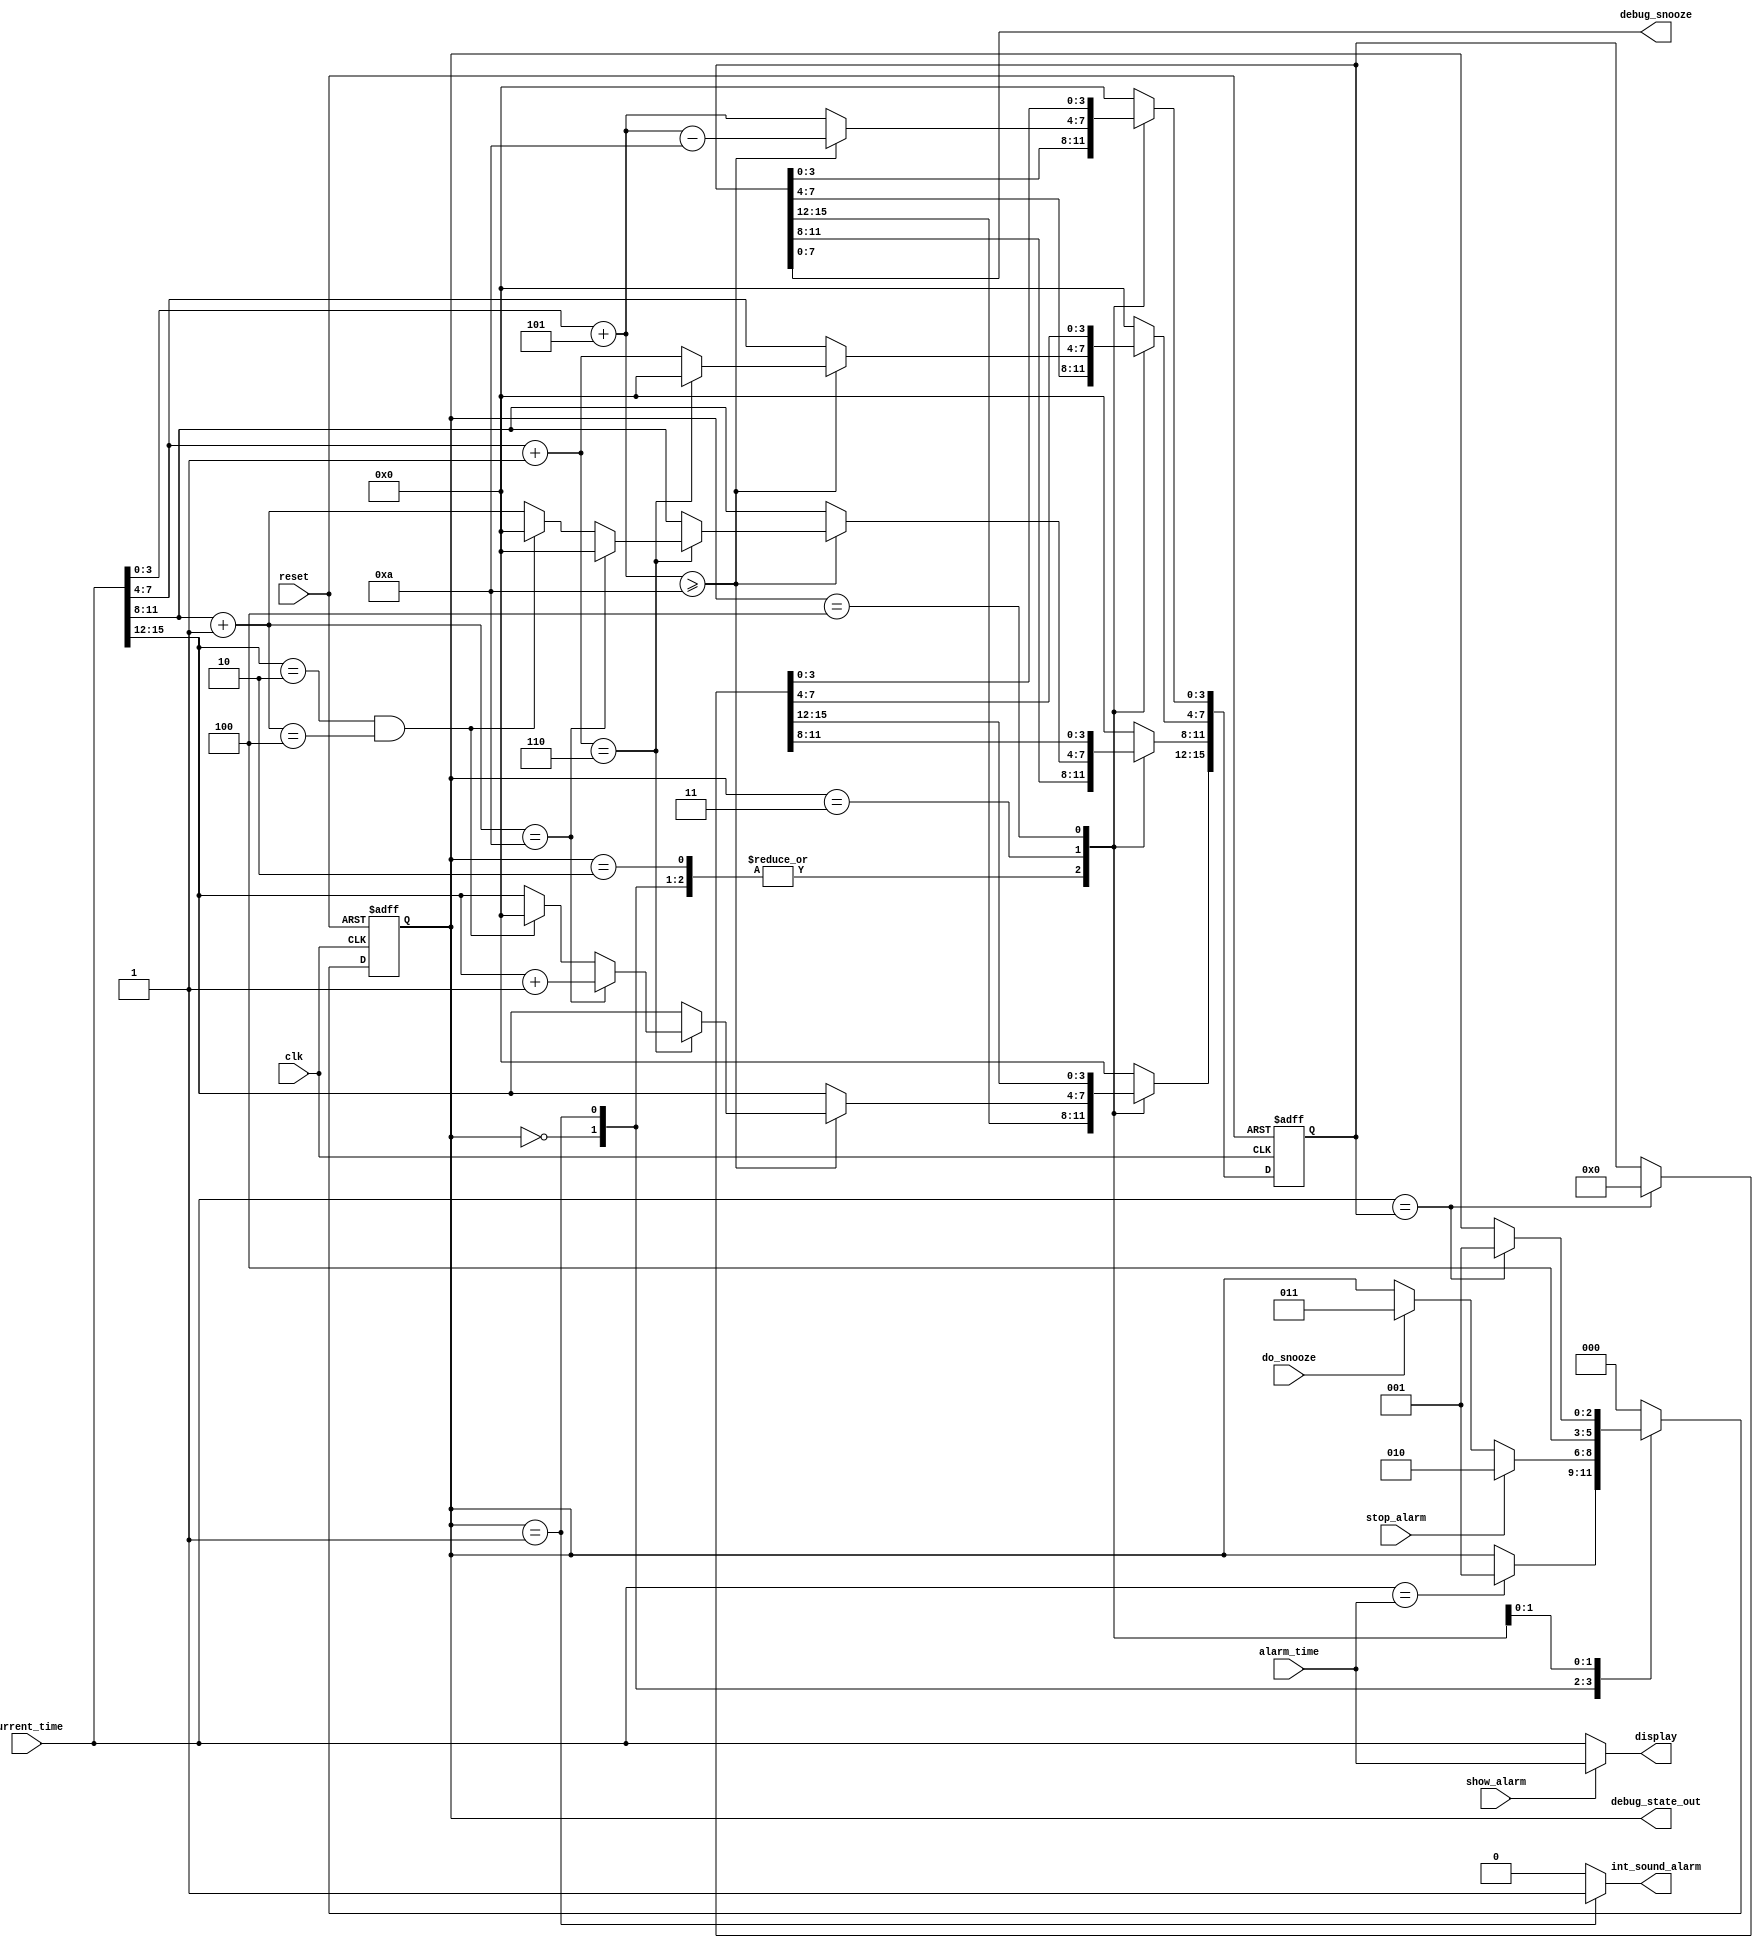
`timescale 1 ns / 10 ps

module DISP_DRVR
    ( input clk,
      input reset, 
      input do_snooze,
      input stop_alarm,
      input [15:0] alarm_time,
      input [15:0] current_time,
      input show_alarm,

      output [15:0] display,
      output reg int_sound_alarm,

      output wire [7:0] debug_snooze,
      output [2:0] debug_state_out
    );

//    reg int_sound_alarm=1'b0;
//    reg [15:0] int_display = 16'd0;

//    assign sound_alarm = int_sound_alarm;
//    assign display = int_display;

    task bcd_clock_minute; 
          input [3:0] ms_hour;
          input [3:0] ls_hour; 
          input [3:0] ms_min;
          input [3:0] ls_min;
          
          output reg [3:0] out_ms_hour;
          output reg [3:0] out_ls_hour; 
          output reg [3:0] out_ms_min;
          output reg [3:0] out_ls_min ;

          reg [3:0] int_ms_hour;
          reg [3:0] int_ls_hour; 
          reg [3:0] int_ms_min;
          reg [3:0] int_ls_min ;
    begin
            int_ms_hour = ms_hour;
            int_ls_hour = ls_hour;
            int_ms_min = ms_min;
            int_ls_min = ls_min;

            int_ls_min = int_ls_min+5;
            if( int_ls_min >= 10 )
            begin
                // ls_minutes overflows to ms_minutes 
                int_ls_min = int_ls_min - 10;
                int_ms_min = int_ms_min+1;
                if( int_ms_min == 6 )
                begin
                    // minutes rolls over into hours
                    int_ms_min = 0;
                    int_ls_hour = int_ls_hour+1;
                    if( int_ls_hour==10 )
                    begin
                        // ls_hours overflows to ms_hours
                        int_ls_hour=0;
                        int_ms_hour = int_ms_hour + 1;
                    end
                    else if ( int_ms_hour==2 && int_ls_hour==4 ) 
                    begin
                        // rollover midnight to next day (00:00)
                        int_ls_hour = 0;
                        int_ms_hour = 0;
                    end
                end
            end

            out_ms_hour = int_ms_hour;
            out_ls_hour = int_ls_hour;
            out_ms_min = int_ms_min;
            out_ls_min = int_ls_min;
    end
    endtask

//    assign int_sound_alarm = current_time==alarm_time ? 1'b1 : 1'b0;

    assign display = show_alarm==1'b1 ? alarm_time : current_time;

    parameter STATE_WAIT_FOR_ALARM = 3'd0;
    parameter STATE_ALARM_RINGING  = 3'd1;
    parameter STATE_ALARM_OFF      = 3'd2;
    parameter STATE_SNOOZE_ACTIVATED = 3'd3;
    parameter STATE_WAIT_FOR_SNOOZE  = 3'd4;

    reg [2:0] curr_state;
    reg [2:0] next_state;

    assign debug_state_out = curr_state;

    reg [15:0] curr_snooze, next_snooze;

    assign debug_snooze = { curr_snooze[7:4], curr_snooze[3:0] };

    always @(posedge(reset),posedge(clk))
    begin
        if( reset ) 
        begin
            curr_state <= STATE_WAIT_FOR_ALARM;
            curr_snooze <= 16'd0;
        end
        else
        begin
            curr_state <= next_state;
            curr_snooze <= next_snooze;
        end
    end

    always @*
    begin
        next_snooze = curr_snooze;
        next_state = curr_state;
        int_sound_alarm = 1'b0;

        case( curr_state ) 
            STATE_WAIT_FOR_ALARM :
            begin
                if( current_time==alarm_time ) begin
                    next_state = STATE_ALARM_RINGING;
                end
            end 

            STATE_ALARM_RINGING :
            begin
                int_sound_alarm = 1'b1;
                if( stop_alarm == 1'b1 ) begin
                    next_state = STATE_ALARM_OFF;
                end
                else 
                if( do_snooze ) begin
                    next_state = STATE_SNOOZE_ACTIVATED;
                end
            end 

            STATE_ALARM_OFF :
            begin
                int_sound_alarm = 1'b0;
                next_state = STATE_WAIT_FOR_ALARM;
            end 

            STATE_SNOOZE_ACTIVATED :
            begin
                int_sound_alarm = 1'b0;
                // add five minutes to snooze time brute force badly
                bcd_clock_minute( current_time[15:12], current_time[11:8],
                                    current_time[7:4], current_time[3:0],
                                  next_snooze[15:12], next_snooze[11:8],
                                  next_snooze[7:4], next_snooze[3:0] );
                next_state = STATE_WAIT_FOR_SNOOZE;
            end 

            STATE_WAIT_FOR_SNOOZE :
            begin
                if( current_time==curr_snooze ) begin
                    next_state = STATE_ALARM_RINGING;
                    next_snooze = 16'd0;
                end 
            end 

            default :
            begin
                next_state = STATE_WAIT_FOR_ALARM;
                next_snooze = 16'd0;
            end 

        endcase

    end

endmodule